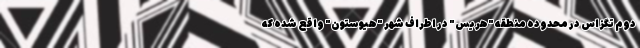
دوم تگزاس در محدوده منطقه "هریس" در اطراف شهر "هیوستون" واقع شده که